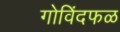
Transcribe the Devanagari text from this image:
गोविंदफळ